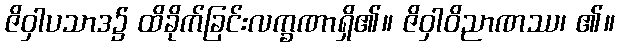
ဇိဝှါပသာဒ၌ ထိခိုက်ခြင်းလက္ခဏာရှိ၏။ ဇိဝှါဝိညာဏဿ၊ ၏။